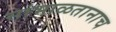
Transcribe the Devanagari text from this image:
सांभाळतानाच